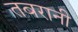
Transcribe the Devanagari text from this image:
तबरानी